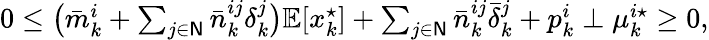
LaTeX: \begin{array}{r}{0\leq\big(\bar{m}_{k}^{i}+\sum_{j\in\mathsf{N}}\bar{n}_{k}^{ij}\delta_{k}^{j}\big)\mathbb{E}[x_{k}^{\star}]+\sum_{j\in\mathsf{N}}\bar{n}_{k}^{ij}\bar{\delta}_{k}^{j}+p_{k}^{i}\perp\mu_{k}^{i\star}\geq 0,}\end{array}